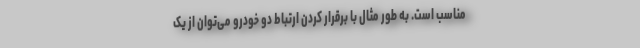
مناسب است. به طور مثال با برقرار کردن ارتباط دو خودرو می‌توان از یک